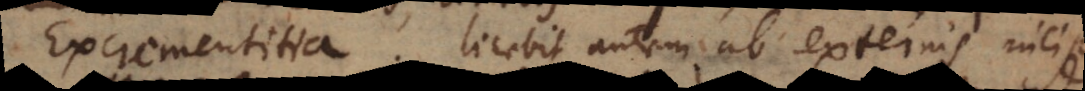
Excrementitia. Licebit autem ab externis inciper